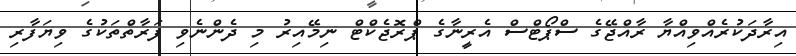
އިރާދަކުރެއްވިއްޔާ ރާއްޖޭގެ ސްޕޯޓްސް އެރީނާގެ ޕްރޮޖެކްޓް ނިމޭއިރު މި ދެންނެވި ފަރާތްތަކުގެ ވިޔަފާރި